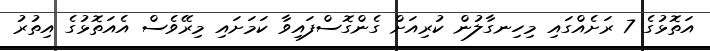
އަތޮޅުގެ 7 ރަށެއްގައި މިހިނގާލުން ކުރިއަށް ގެންގޮސްފައިވާ ކަމަށައި މިރޭވެސް އެއަތޮޅުގެ އިތުރު